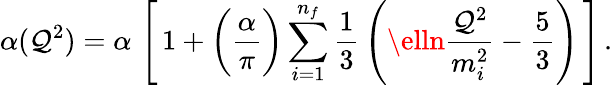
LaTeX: \alpha(\mathcal{Q}^{2})=\alpha\, \left[\, 1+\bigg(\frac{{\alpha}}{{\pi}}\bigg)\sum_{i=1}^{n_{f}}\frac{{1}}{{3}}\, \left(\elln\frac{{\mathcal{Q}^{2}}}{{m_{i}^{2}}}-\frac{{5}}{{3}}\right)\, \right]\, .